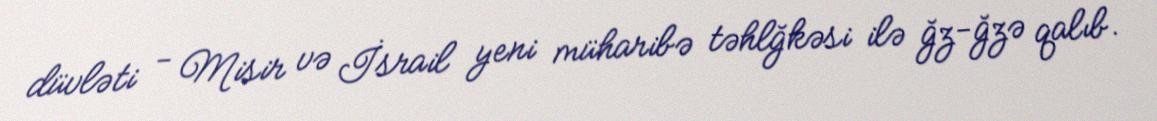
düvləti - Misir və İsrail yeni müharibə təhlğkəsi ilə ğz-ğzə qalıb.